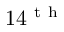
1 4 ^ { \mathrm { ~ t ~ h ~ } }